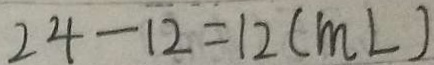
2 4 - 1 2 = 1 2 ( m L )